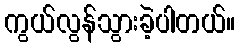
ကွယ်လွန်သွားခဲ့ပါတယ်။